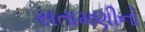
સતામણીનો